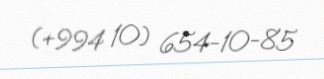
(+994 10) 654-10-85